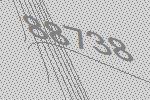
88738